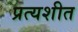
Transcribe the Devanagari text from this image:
प्रत्यशीत